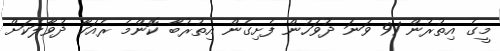
މީގެ އިތުރުން 91 ވަނަ ދުވަހުން ފެށިގެން އިތުރުބާ ކޮންމެ ރެއަކާ ދުވާލަކަށް